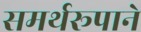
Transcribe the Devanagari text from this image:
समर्थरूपाने